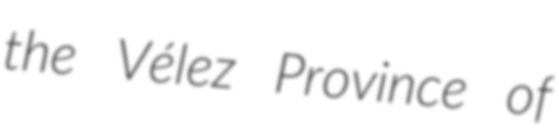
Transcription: the Vélez Province of